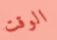
الوقت